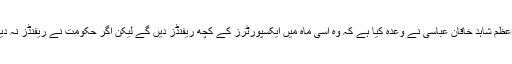
غضنفربلور نے کہا کہ ہم نے چندروز حکومت کو دیے ہیں کیونکہ وزیر اعظم شاہد خاقان عباسی نے وعدہ کیا ہے کہ وہ اسی ماہ میں ایکسپورٹرز کے کچھ ریفنڈز دیں گے لیکن اگر حکومت نے ریفنڈز نہ دیے تو پھر ایف پی سی سی آئی حکومت کے خلاف سپریم کورٹ جائے گی۔